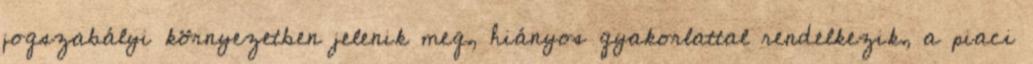
jogszabályi környezetben jelenik meg, hiányos gyakorlattal rendelkezik, a piaci